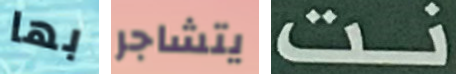
بها يتشاجر نت